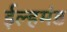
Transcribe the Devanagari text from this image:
ईल्हमंड